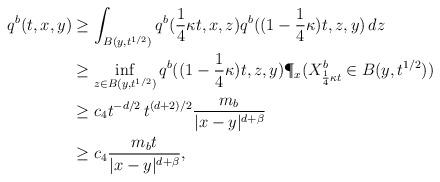
LaTeX: \begin{align*}\begin{aligned}q^b(t,x,y)&\geq \int_{B(y,t^{1/2})} q^b(\frac{1}{4}\kappa t,x,z)q^b((1-\frac{1}{4}\kappa) t, z, y)\,dz\\&\geq \inf_{z\in B(y,t^{1/2})}q^b((1-\frac{1}{4}\kappa)t,z,y)\P_x(X^b_{\frac{1}{4}\kappa t}\in B(y,t^{1/2}))\\&\geq c_4t^{-d/2} \, t^{(d+2)/2} \frac{m_b}{|x-y|^{d+\beta}}\\&\geq c_4\frac{m_bt}{ |x-y|^{d+\beta}},\end{aligned}\end{align*}